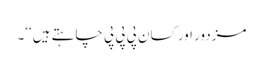
مزدور اور کسان پی پی پی چاہتے ہیں‘‘۔